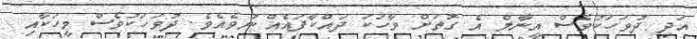
އަދި ދުވަހަކުވެސް އީނާލް އެ ގޮތަށް ވާހަކަ ދައްކާފައެއް ނުވެއެވެ. ދުވަހަކުވެސް މީހަކާއި